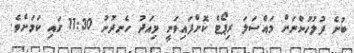
ބުނެ ފުލުހުންނަށް މައްސަލަ ރިޕޯޓް ކޮށްފައިވަނީ މިއަދު ހެނދުނު 11:30 ގައި ކަމަށެވެ.